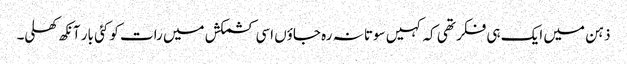
ذہن میں ایک ہی فکر تھی کہ کہیں سوتا نہ رہ جاؤں اسی کشمکش میں رات کو کئی بار آنکھ کھلی۔